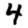
Digit: 4